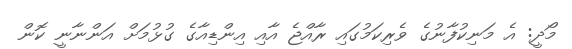
މޯދީ: އެ މަނިކުފާނުގެ ވެރިިކަމުގައި ރާއްޖެ އާއި އިންޑިއާގެ ގުޅުމަށް އަންނާނީ ކޮން